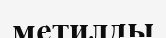
метилды